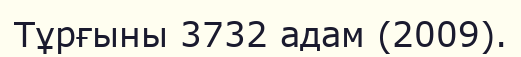
Тұрғыны 3732 адам (2009).